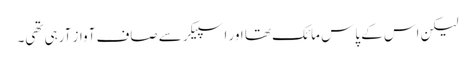
لیکن اس کے پاس مائک تھا اور اسپیکر سے صاف آواز آرہی تھی۔